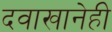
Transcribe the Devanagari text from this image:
दवाखानेही